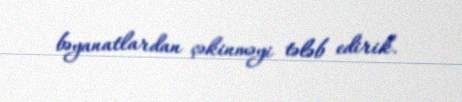
bəyanatlardan çəkinməyi tələb edirik.